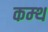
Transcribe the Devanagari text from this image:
कम्थ